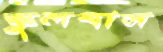
স্কুলবাস